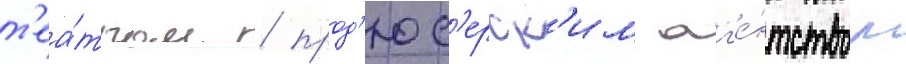
т'еа́тром / прод'юс'ерск'им аг'е́нтством